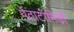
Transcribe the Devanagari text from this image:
पेंटाटॉमिडी